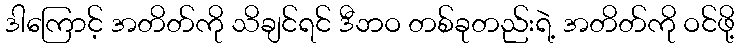
ဒါကြောင့် အတိတ်ကို သိချင်ရင် ဒီဘဝ တစ်ခုတည်းရဲ့ အတိတ်ကို ဝင်ဖို့